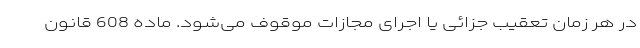
در هر زمان تعقیب جزائی یا اجرای مجازات موقوف می‌شود. ماده 608 قانون